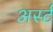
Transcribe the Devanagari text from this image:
अर्स्ट